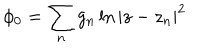
LaTeX: \phi _ { 0 } = \sum _ { n } g _ { n } \ln | z - z _ { n } | ^ { 2 }